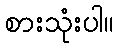
စားသုံးပါ။